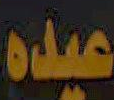
عيده